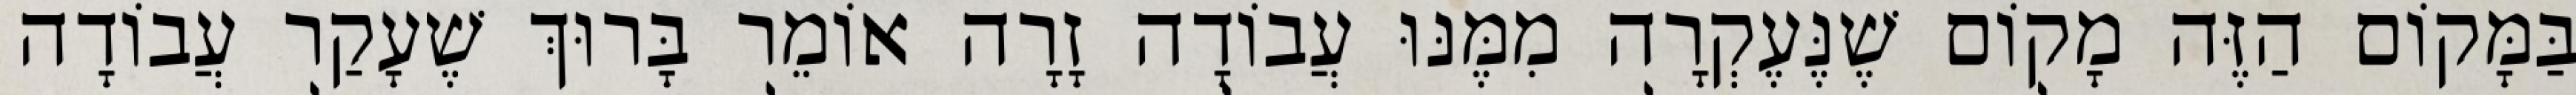
בַּמָּקוֹם הַזֶּה מָקוֹם שֶׁנֶּעֶקְרָה מִמֶּנּוּ עֲבוֹדָה זָרָה אוֹמֵר בָּרוּךְ שֶׁעָקַר עֲבוֹדָה